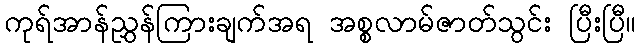
ကုရ်အာန်ညွှန်ကြားချက်အရ အစ္စလာမ်ဇာတ်သွင်း ပြီးပြီ။